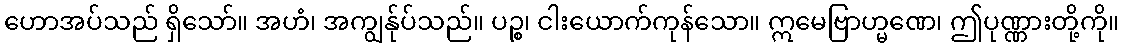
ဟောအပ်သည် ရှိသော်။ အဟံ၊ အကျွန်ုပ်သည်။ ပဉ္စ၊ ငါးယောက်ကုန်သော။ ဣမေဗြာဟ္မဏေ၊ ဤပုဏ္ဏားတို့ကို။